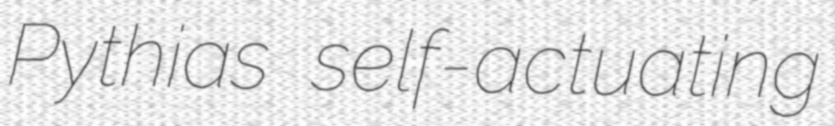
Pythias self-actuating